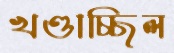
খণ্ডাচ্ছিল